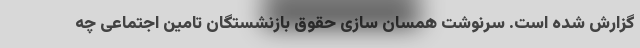
گزارش شده است. سرنوشت همسان سازی حقوق بازنشستگان تامین اجتماعی چه